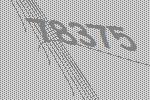
78375